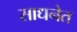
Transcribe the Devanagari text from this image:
साधनेत